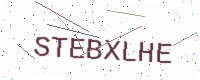
Text: STEBXLHE